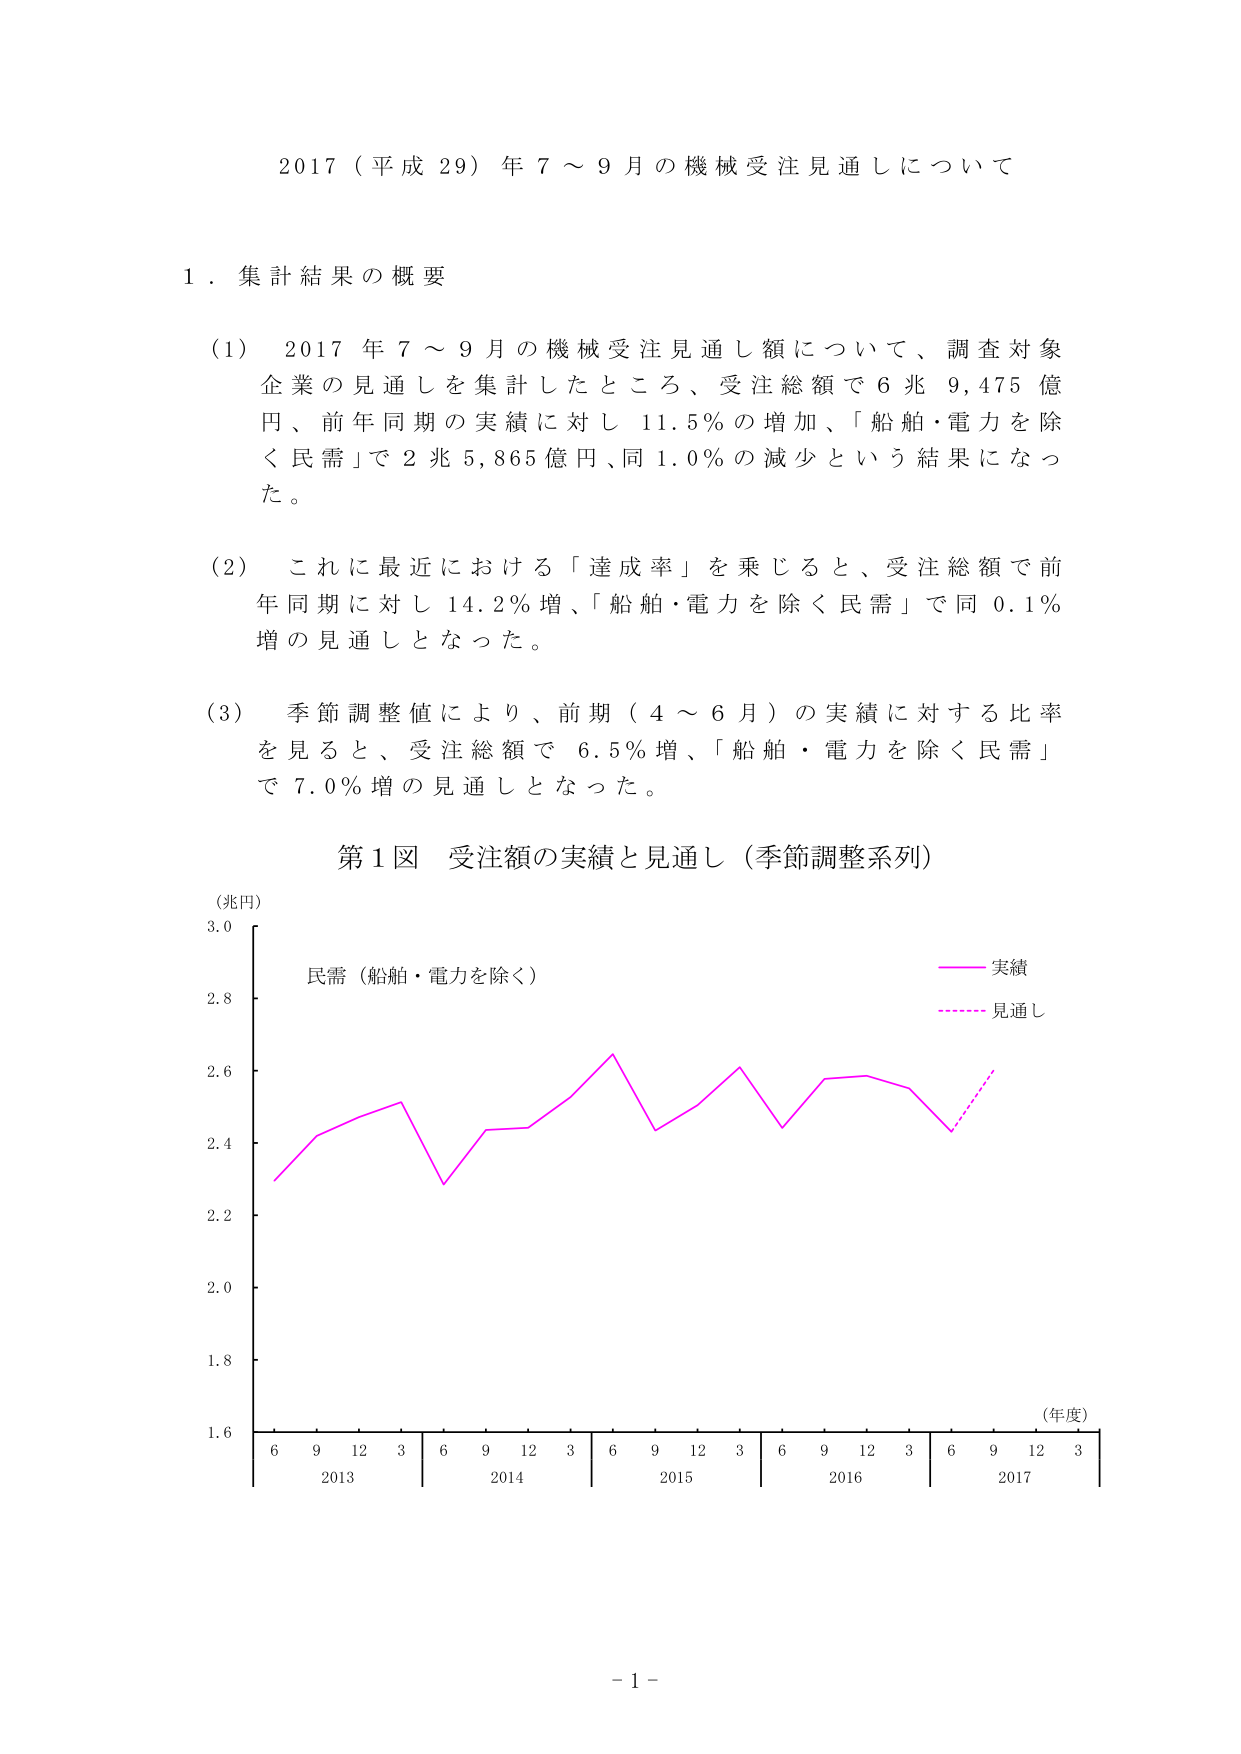
2017（平成29）年7～9月の機械受注見通しについて

1．集計結果の概要

（1）2017年7～9月の機械受注見通し額について、調査対象企業の見通しを集計したところ、受注総額で6兆9,475億円、前年同期の実績に対し11.5％の増加、「船舶・電力を除く民需」で2兆5,865億円、同1.0％の減少という結果になった。

（2）これに最近における「達成率」を乗じると、受注総額で前年同期に対し14.2％増、「船舶・電力を除く民需」で同0.1％増の見通しとなった。

（3）季節調整値により、前期（4～6月）の実績に対する比率を見ると、受注総額で6.5％増、「船舶・電力を除く民需」で7.0％増の見通しとなった。

第1図 受注額の実績と見通し（季節調整系列）

（兆円）
3.0
2.8
2.6
2.4
2.2
2.0
1.8
1.6

民需（船舶・電力を除く）

実績
見通し

（年度）
6 9 12 3 6 9 12 3 6 9 12 3 6 9 12 3 6 9 12 3
2013 2014 2015 2016 2017

- 1 -